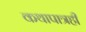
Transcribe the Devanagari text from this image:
कथापात्रही